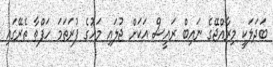
ބަދަލަކީ މިރާއްޖޭގެ ނައިބް ރައީސް އަކަށް ޖުލައި މަހުގެ ފުރަތަމަ ހަފްތާ ތެރޭގައި